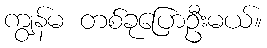
ကျွန်မ တစ်ခုပြောဦးမယ်။